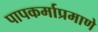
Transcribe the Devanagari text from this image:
पापकर्माप्रमाणे